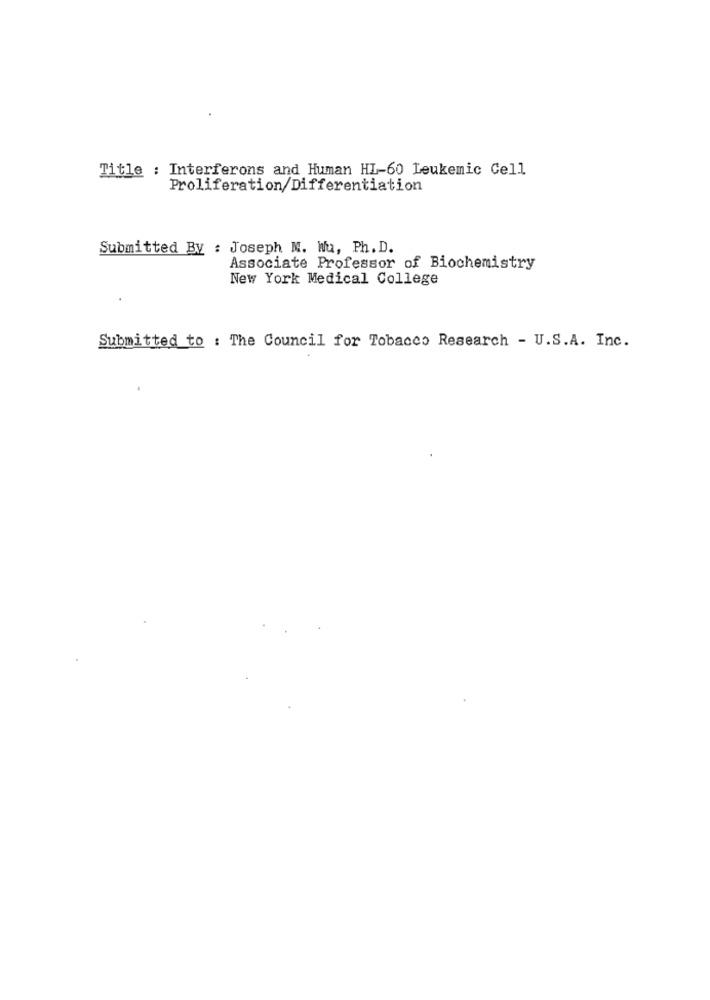
Title : Interferons and Human HI-60 Leukemic Cell
Proliferation/Differentiation
Submitted By : Joseph M. Wu, Ph. D.
Associate Professor of Biochemistry
New York Medical College
.
Submitted to : The Council for Tobacco Research - U.S.A. Inc.